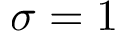
\sigma = 1